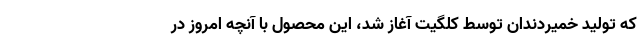
که تولید خمیردندان توسط کلگیت آغاز شد، این محصول با آنچه امروز در